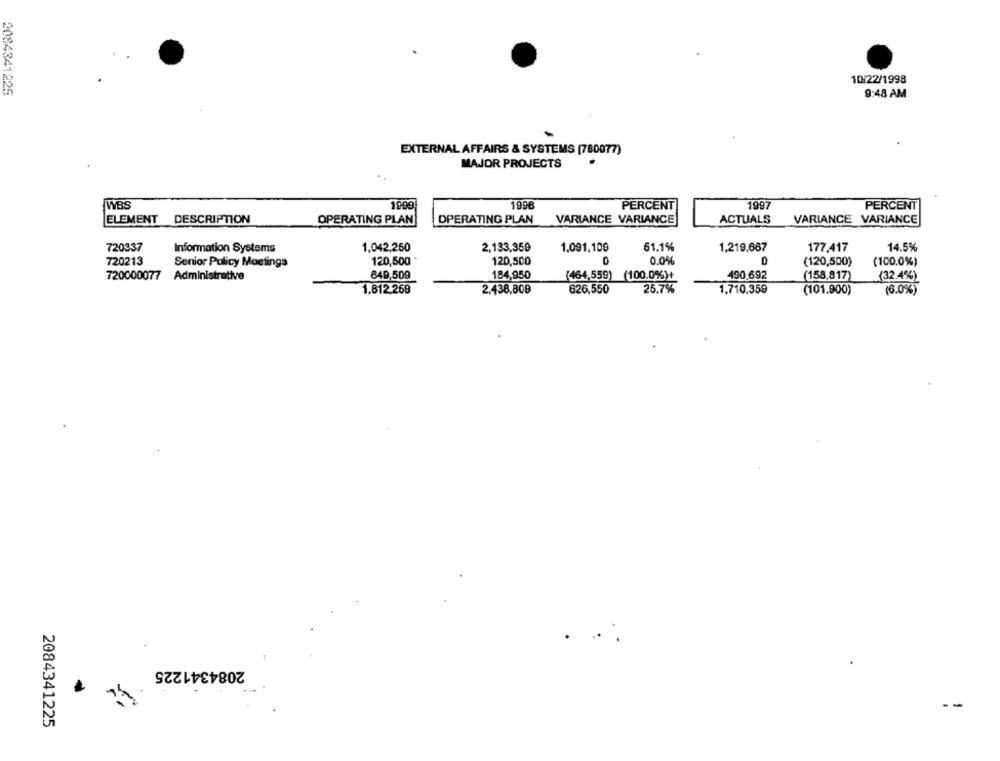
10/22/1998
2084341225
9:48 AM
EXTERNAL AFFAIRS & SYSTEMS (780077)
MAJOR PROJECTS
WBS
1999
1996
PERCENT
1997
PERCENT
ELEMENT DESCRIPTION
OPERATING PLAN
OPERATING PLAN
VARIANCE VARIANCE
ACTUALS
VARIANCE VARIANCE
720337
Information Systems
1,042,250
2,133,359
1,091,109
61.1%
1,219,667
177.417
14.5%
720213
Senior Policy Moetings
120,500
120,500
0.0%
(120,500)
(100.0%)
649,509
184,950
(464,559) (100.0%%)+
490.692
720000077
Administrative
(158,817)
(32.496)
25.7%
1,710,359
(6.0%)
1.812.269
2.438,809
626,550
(101.900)
2084341225
--
2084341225